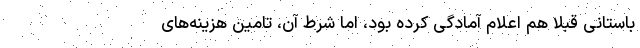
باستانی قبلا هم اعلام آمادگی کرده بود، اما شرط آن‌، تامین هزینه‌های